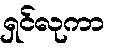
ရှင်လုကာ